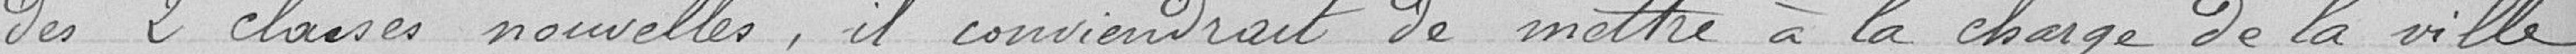
des 2 classes nouvelles, il conviendrait de mettre à la charge de la ville